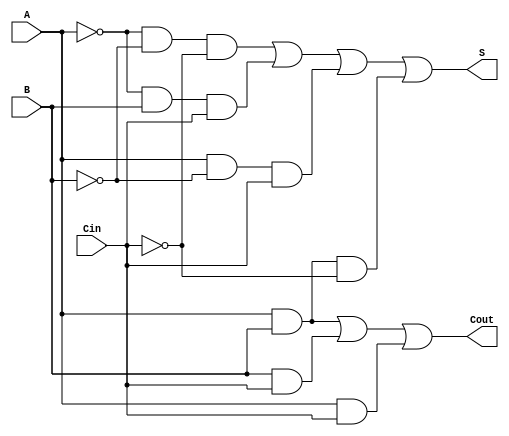
module NegativeFullAdder (
    input wire A,       // First input bit (negative logic)
    input wire B,       // Second input bit (negative logic)
    input wire Cin,     // Carry-in bit (negative logic)
    output wire S,      // Sum output bit (negative logic)
    output wire Cout    // Carry-out output bit (negative logic)
);

    // Internal wires for inverted signals
    wire A_not;
    wire B_not;
    wire Cin_not;

    // NOT gates for negative logic
    not (A_not, A);  // A_not = ~A
    not (B_not, B);  // B_not = ~B
    not (Cin_not, Cin);  // Cin_not = ~Cin

    // Sum output S using the derived expression
    wire term1, term2, term3, term4;
    and (term1, A_not, B_not, Cin_not);  // ~A & ~B & ~Cin
    and (term2, A_not, B, Cin);           // ~A & B & Cin
    and (term3, A, B_not, Cin);           // A & ~B & Cin
    and (term4, A, B, Cin_not);            // A & B & ~Cin

    or (S, term1, term2, term3, term4);   // S = term1 + term2 + term3 + term4

    // Carry-out output Cout using the derived expression
    wire carry1, carry2, carry3;
    and (carry1, A, B);                    // A & B
    and (carry2, B, Cin);                  // B & Cin
    and (carry3, A, Cin);                  // A & Cin

    or (Cout, carry1, carry2, carry3);     // Cout = carry1 + carry2 + carry3

endmodule